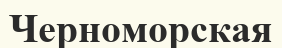
Черноморская